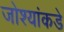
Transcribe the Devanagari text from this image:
जोश्यांकडे